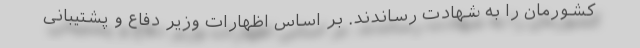
کشورمان را به شهادت رساندند. بر اساس اظهارات وزیر دفاع و پشتیبانی